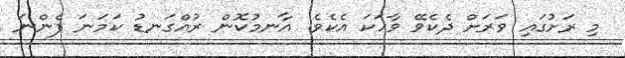
މި ރަށުގައި ވަރަށް ދެކެވޭ ވާހަކަ އެކެވެ. އާނމުކޮން ރުއްގަނޑު ކަމަނަ ފެންނަ